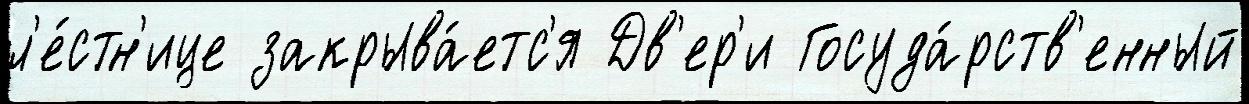
л'е́стн'ице закрыва́етс'я Дв'ер'и Госуда́рств'енный